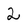
Character: 2